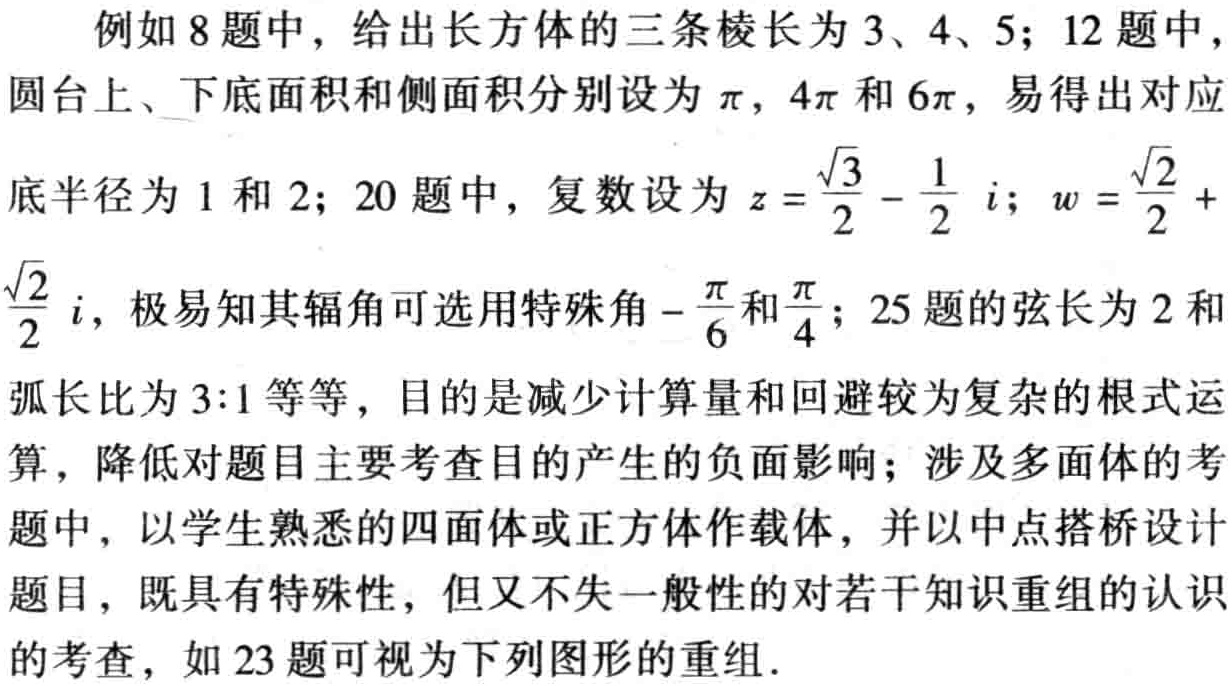
例如8题中，给出长方体的三条棱长为3、4、5；12题中，圆台上、下底面积和侧面积分别设为\(\pi\)，\(4\pi\)和\(6\pi\)，易得出对应底半径为1和2；20题中，复数设为\(z = \frac{\sqrt{3}}{2} - \frac{1}{2}i\)；\(w = \frac{\sqrt{2}}{2} + \frac{\sqrt{2}}{2}i\)，极易知其辐角可选用特殊角\(-\frac{\pi}{6}\)和\(\frac{\pi}{4}\)；25题的弦长为2和弧长比为3:1等等，目的是减少计算量和回避较为复杂的根式运算，降低对题目主要考查目的产生的负面影响；涉及多面体的考题中，以学生熟悉的四面体或正方体作载体，并以中点搭桥设计题目，既具有特殊性，但又不失一般性的对若干知识重组的认识的考查，如23题可视为下列图形的重组.